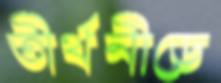
তীর্থনীড়ে